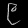
Digit: ၉